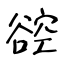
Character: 谾